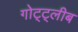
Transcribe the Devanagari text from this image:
गोट्ट्लीब